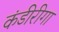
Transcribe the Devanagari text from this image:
कंडीरीगा